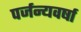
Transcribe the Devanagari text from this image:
पर्जन्यवर्षा